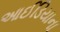
આઈડિયાના